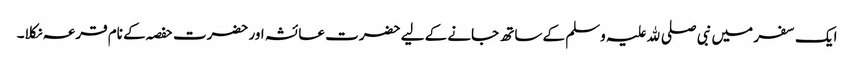
ایک سفر میں نبی صلی ﷲ علیہ وسلم کے ساتھ جانے کے لیے حضرت عائشہ اور حضرت حفصہ کے نام قرعہ نکلا۔